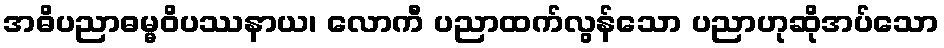
အဓိပညာဓမ္မဝိပဿနာယ၊ လောကီ ပညာထက်လွန်သော ပညာဟုဆိုအပ်သော